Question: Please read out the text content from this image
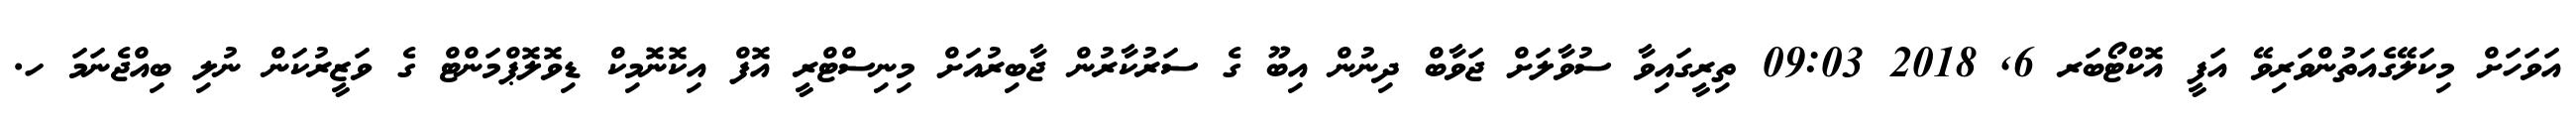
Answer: އަވަހަށް މިކަލޭގެއަތުންވަރިވޭ އަފީ އޮކްޓޯބަރ 6, 2018 09:03 ތިރީގައިވާ ސުވާލަށް ޖަވާބް ދިނުން އިބޫ ގެ ސަރުކާރުން ޖާބިރުއަށް މިނިސްޓްރީ އޮފް އިކޮނޮމިކް ޑިވޮލޮޕްމަންޓް ގެ ވަޒީރުކަން ނުލި ބިއްޖެނަމަ ހ.